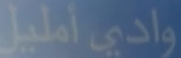
واديأمليل